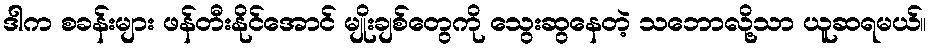
ဒါက စခန်းများ ဖန်တီးနိုင်အောင် မျိုးချစ်တွေကို သွေးဆွနေတဲ့ သဘောလို့သာ ယူဆရမယ်။